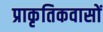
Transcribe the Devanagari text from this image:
प्राकृतिकवासों